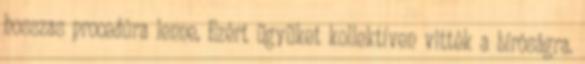
hosszas procedúra lenne, Ezért ügyüket kollektíven vitték a bíróságra.